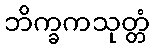
ဘိက္ခကသုတ္တံ